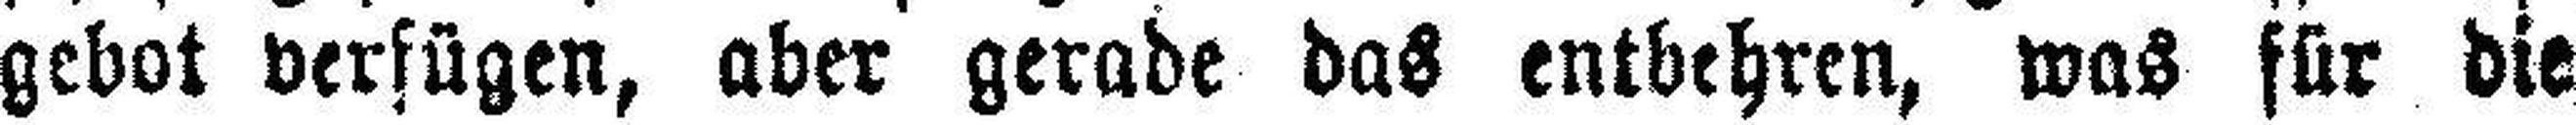
gebot verfügen, aber gerade das entbehren, was für die